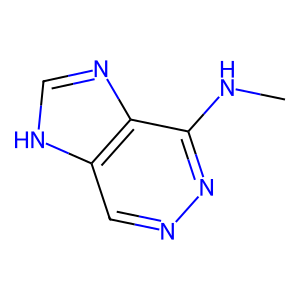
SMILES: CNc1nncc2[nH]cnc12
Inhibits HIV replication: No